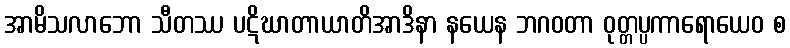
အာမိသလာဘော သီတဿ ပဋိဃာတာယာတိအာဒိနာ နယေန ဘဂဝတာ ဝုတ္တပ္ပကာရောယေဝ စ